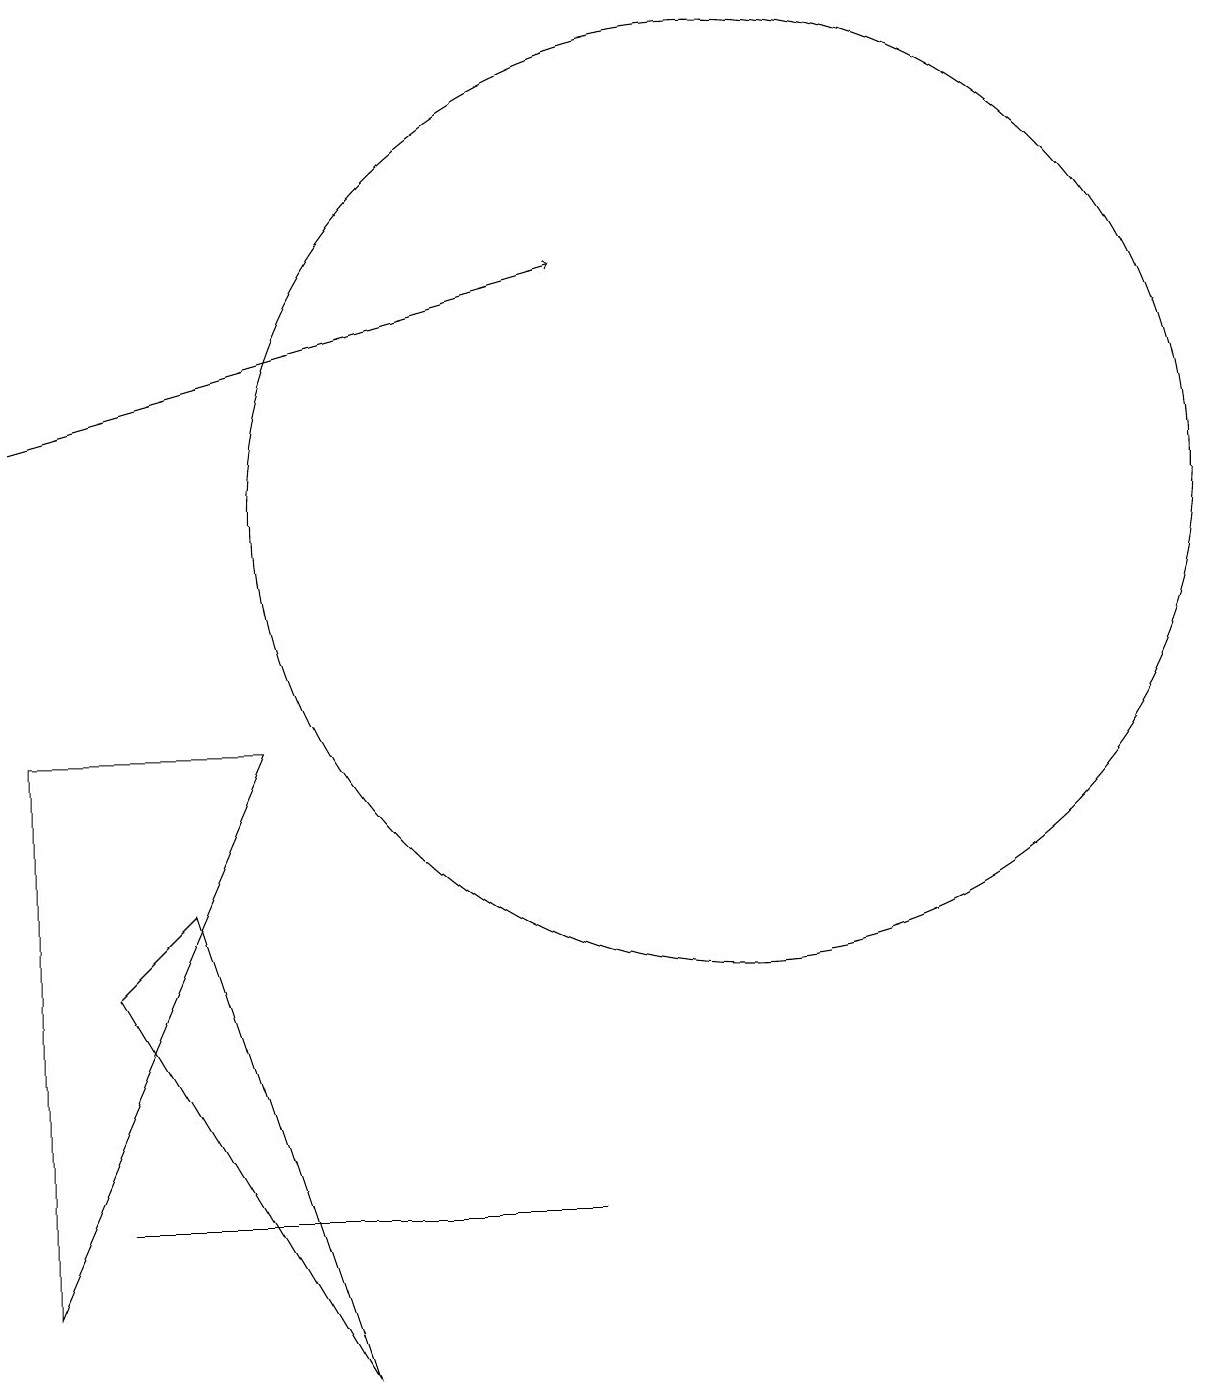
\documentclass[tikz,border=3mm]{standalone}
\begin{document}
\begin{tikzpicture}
\draw (1,9) -- (1,2) -- (4,9) -- cycle;
\draw (8,3) -- (7,3) -- (2,3) -- cycle;
\draw (5,1) -- (3,7) -- (2,6) -- cycle;
\draw[->] (1,13) -- (8,15);
\draw (10,12) circle (6);
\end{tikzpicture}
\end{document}